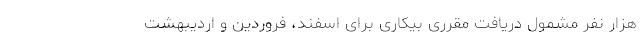
هزار نفر مشمول دریافت مقرری بیکاری برای اسفند، فروردین و اردیبهشت